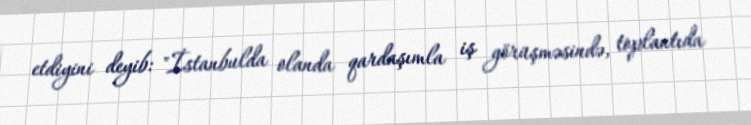
etdiyini deyib: "İstanbulda olanda qardaşımla iş görüşməsində, toplantıda